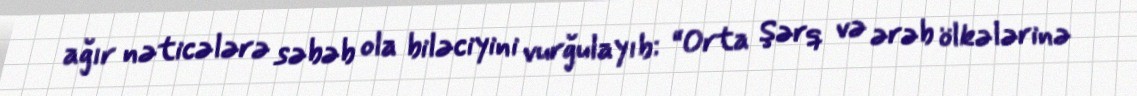
ağır nəticələrə səbəb ola biləciyini vurğulayıb: “Orta Şərq və ərəb ölkələrinə